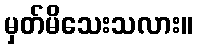
မှတ်မိသေးသလား။